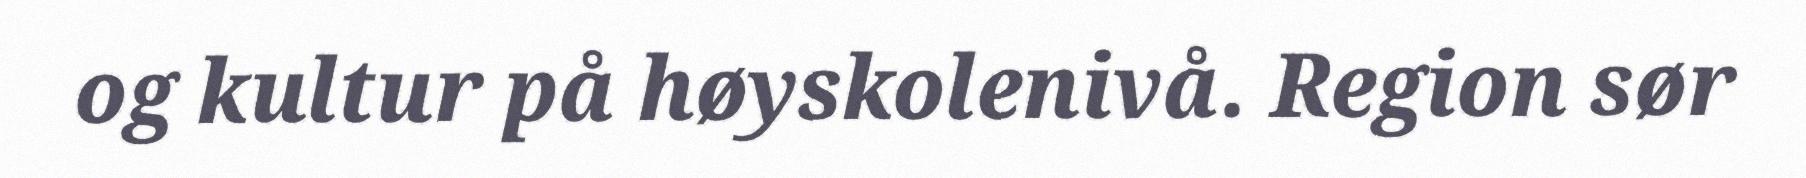
og kultur på høyskolenivå. Region sør